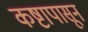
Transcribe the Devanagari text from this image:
कष्टापासून